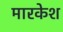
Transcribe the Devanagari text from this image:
मारकेश